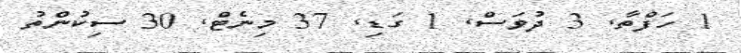
1 ހަފްތާ